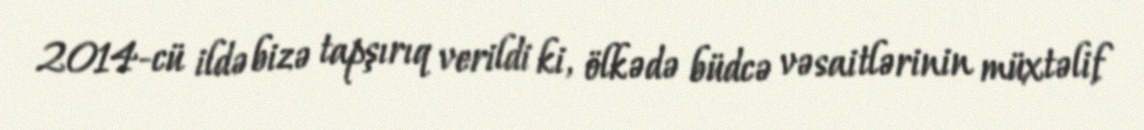
2014-cü ildə bizə tapşırıq verildi ki, ölkədə büdcə vəsaitlərinin müxtəlif